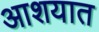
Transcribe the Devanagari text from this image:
आशयात